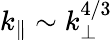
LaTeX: k_{\parallel}\sim k_{\perp}^{4/3}